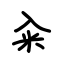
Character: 籴